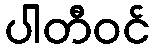
ပါတီဝင်